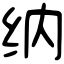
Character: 纳